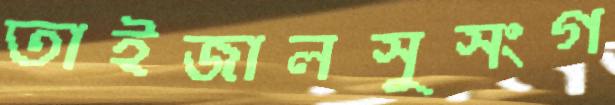
তাইজালসুসংগ